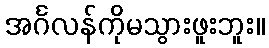
အင်္ဂလန်ကိုမသွားဖူးဘူး။